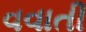
વવાતી